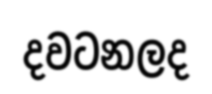
දවටනලද